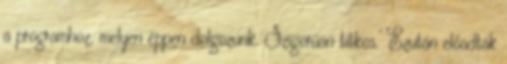
a programhoz, melyen éppen dolgozunk. Szigorúan titkos.’ Ezután előadták